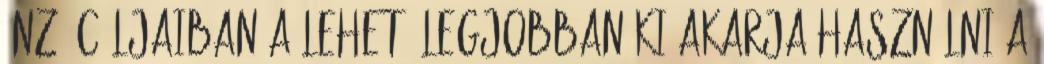
önző céljaiban a lehető legjobban ki akarja használni a